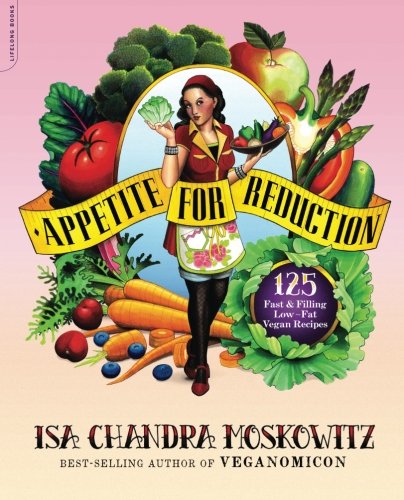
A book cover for Appetite for Reduction: 125 Fast and Filling Low-Fat Vegan Recipes; Isa Chandra Moskowitz; Cookbooks, Food & Wine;